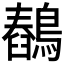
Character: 𪅖